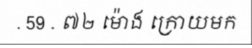
. 59 . ៧២ ម៉ោង ក្រោយមក